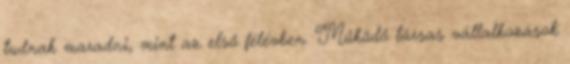
tudnak maradni, mint az első félévben. Működő társas vállalkozások